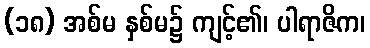
(၁၈) အစ်မ နှစ်မ၌ ကျင့်၏၊ ပါရာဇိက၊